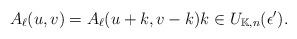
LaTeX: \begin{align*}A_\ell ( u, v)=A_\ell ( u+ k, v- k) k\in U_{\mathbb{K},n}(\epsilon ').\end{align*}